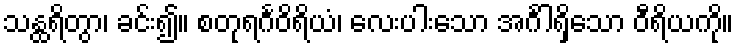
သန္ထရိတွာ၊ ခင်း၍။ စတုရင်္ဂဝိရိယံ၊ လေးပါးသော အင်္ဂါရှိသော ဝီရိယကို။